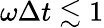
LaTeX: \omega\Delta t\lesssim 1